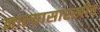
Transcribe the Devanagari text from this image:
नाल्यासारखीच